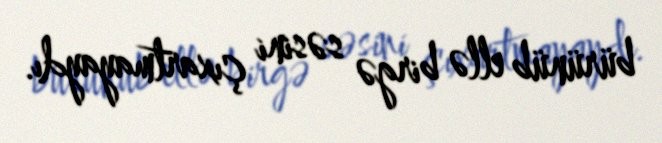
bürünüb ellə birgə səsini çıxartmayaydı.